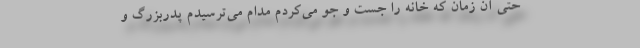
حتی آن زمان که خانه را جست و جو می‌کردم مدام می‌ترسیدم پدربزرگ و